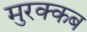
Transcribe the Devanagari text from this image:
मुरक्कब